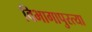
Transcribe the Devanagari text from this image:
विभागापुरत्या